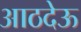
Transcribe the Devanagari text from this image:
आठदेऊ